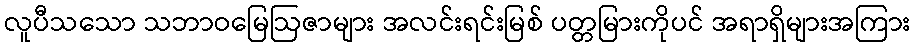
လူပီသသော သဘာဝမြေဩဇာများ အလင်းရင်းမြစ် ပတ္တမြားကိုပင် အရာရှိများအကြား